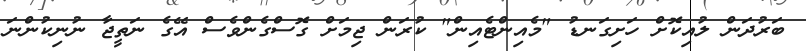
ބަރުދަން ލުއިކޮށް ހަށިގަނޑު "މެއިންޓެއިން" ކުރަން ޖިމަށް ގޮސްގެންވެސް އޭގެ ނަތީޖާ ނުނިކުންނަ